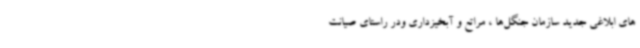
های ابلاغی جدید سازمان جنگل‌ها ، مراتع و آبخیزداری ودر راستای صیانت